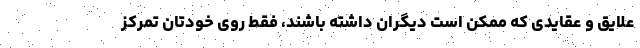
علایق و عقایدی که ممکن است دیگران داشته باشند، فقط روی خودتان تمرکز